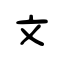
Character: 文